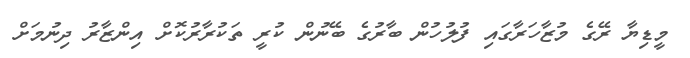
މީޑިޔާ ރޭގެ މުޒާހަރާގައި ފުލުހުން ބާރުގެ ބޭނުން ކުރީ ތަކުރާރުކޮށް އިންޒާރު ދިނުމަށް